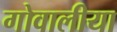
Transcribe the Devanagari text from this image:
गोवालीया